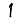
Digit: 1